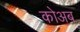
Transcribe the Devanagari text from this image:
कोअब